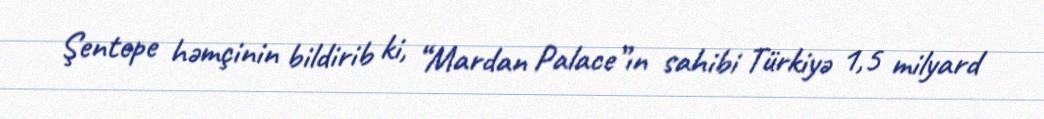
Şentepe həmçinin bildirib ki, “Mardan Palace”ın sahibi Türkiyə 1,5 milyard